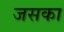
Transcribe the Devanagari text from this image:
जसका